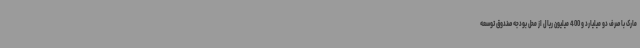
مارک با صرف دو میلیارد و 400 میلیون ریال از محل بودجه صندوق توسعه